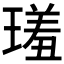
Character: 𤨩